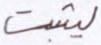
ليثبت